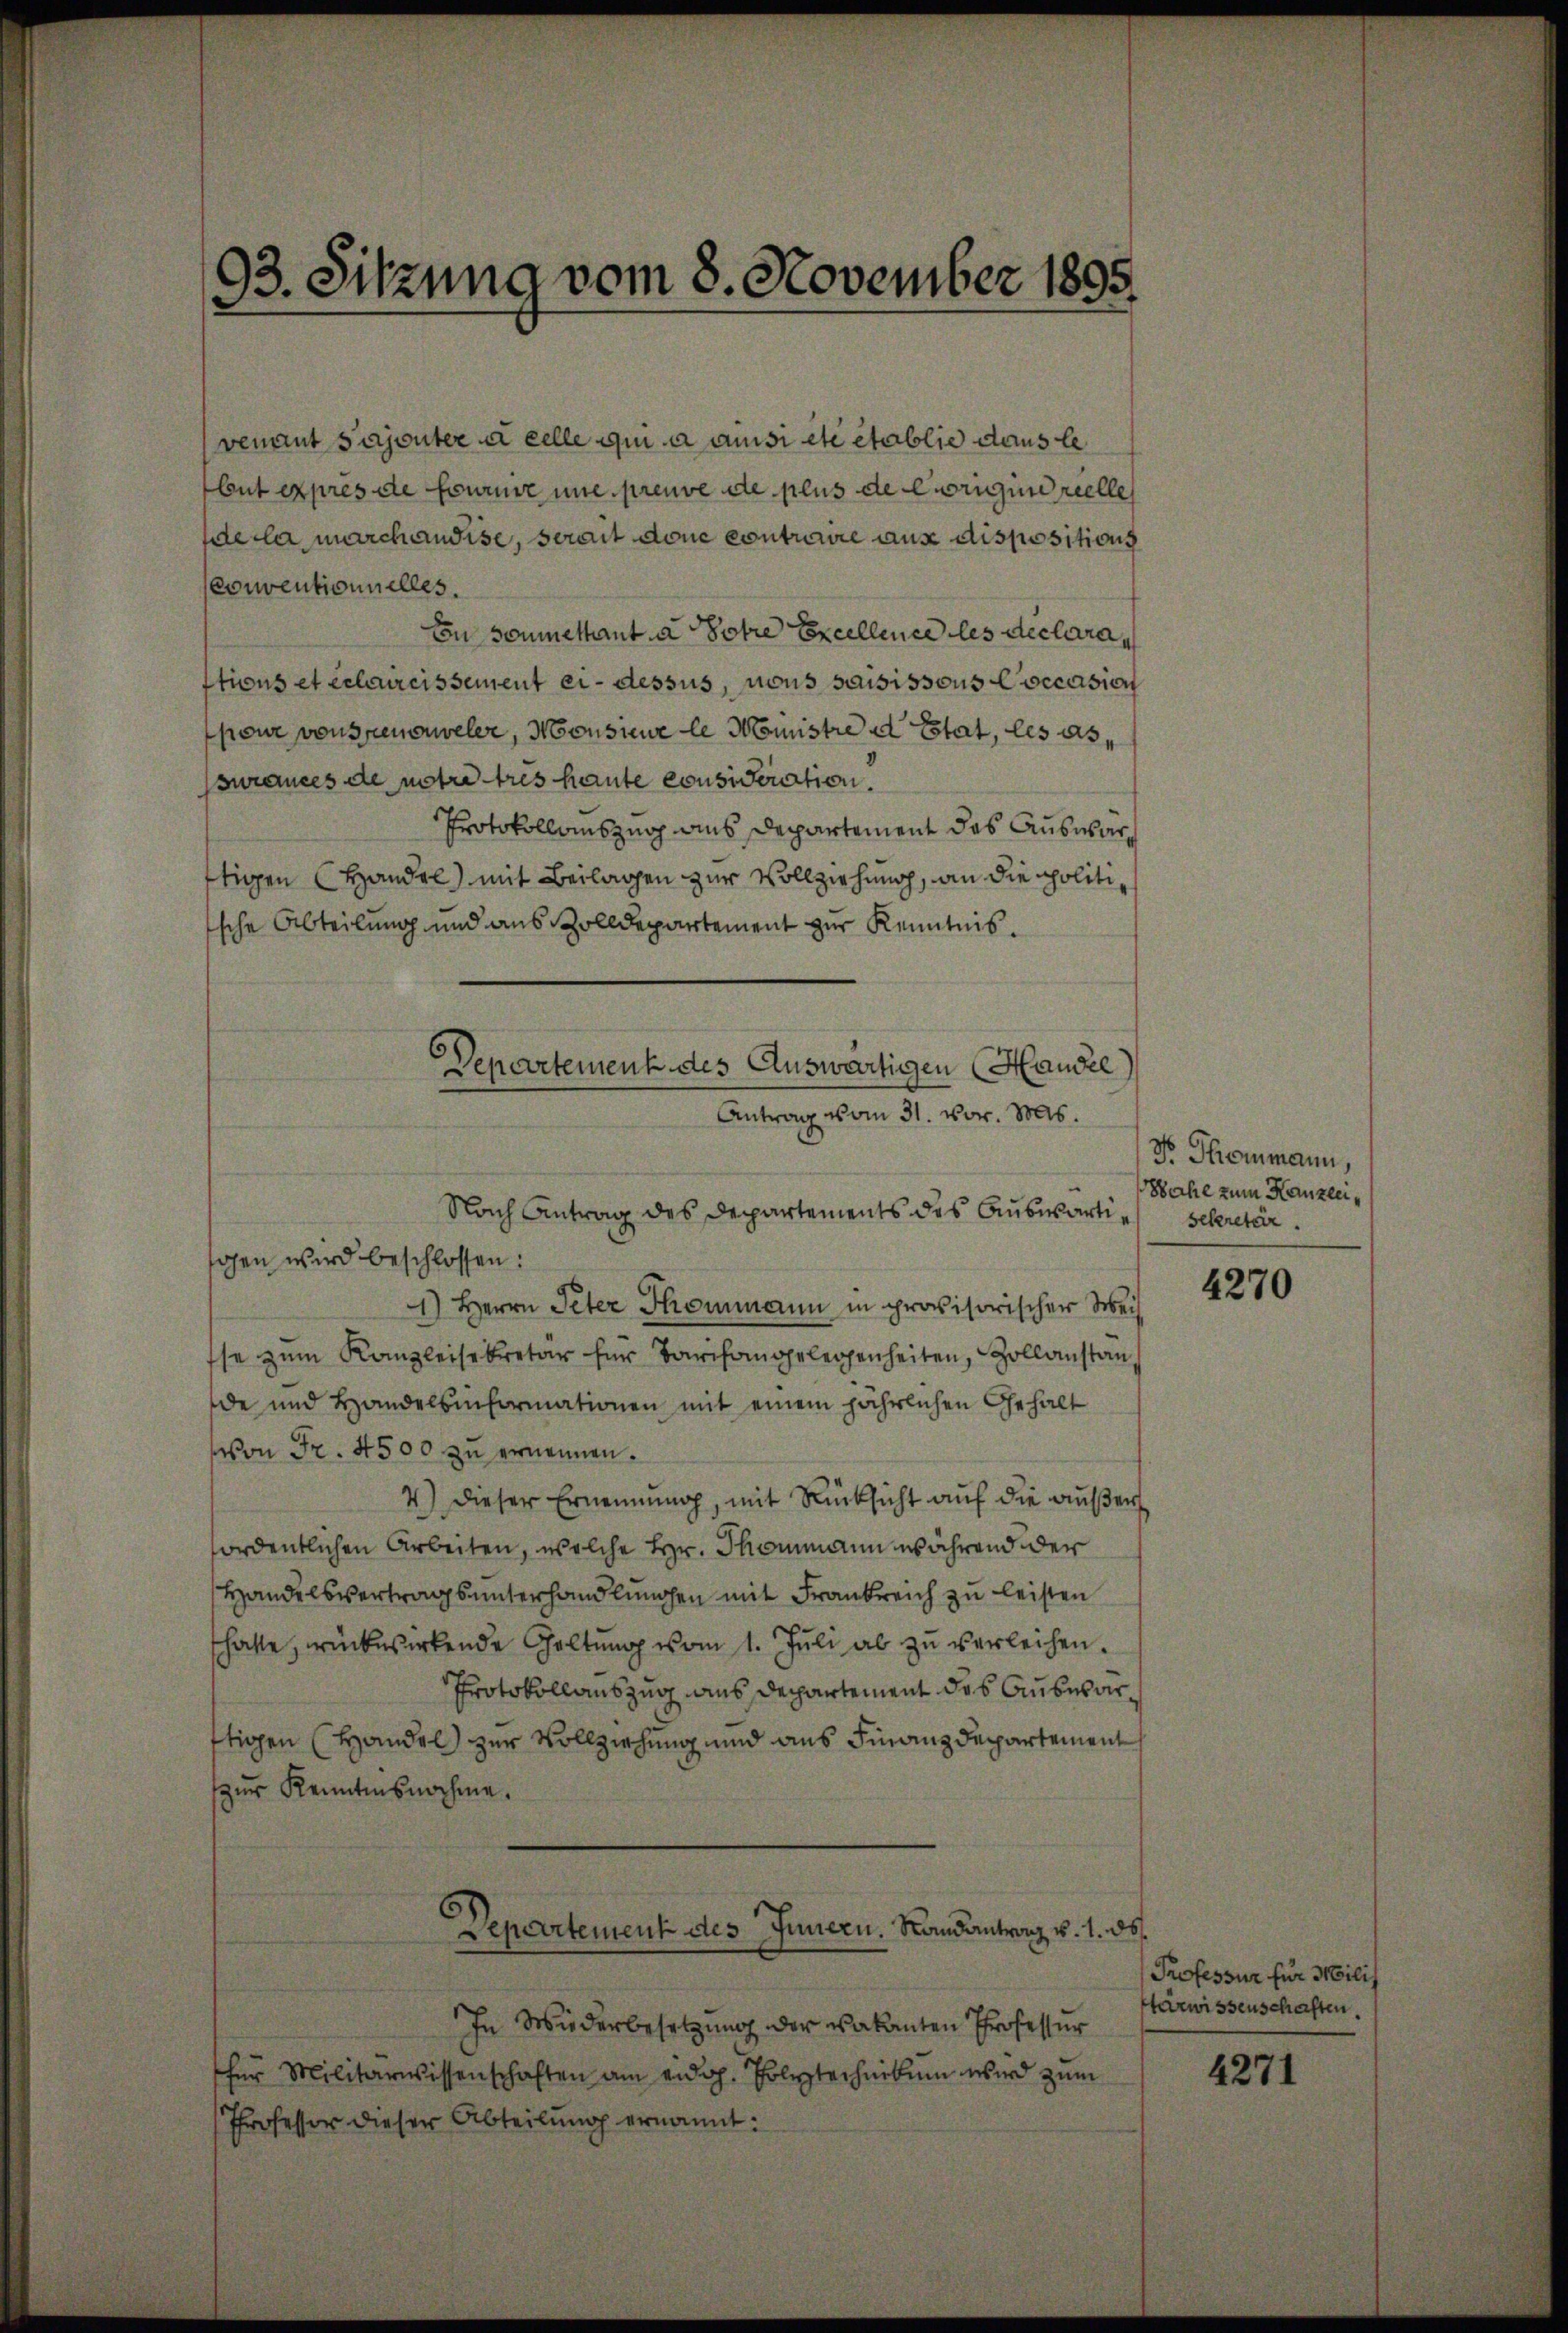
93. Sitzung vom 8. November 1895

venant sajouter à celle qui a ansi etc etablie dans le
but expres de fourne une preuve de plus de Carigin reelle
de la marchaudise, serait donc contraire aus dispositions
conventionnelles.
Du soumettant a Potre Excellence les declara
tions et celcureissement ci-dessus, nous saisissous Coccasion
pour von treuerweler, Mousine le Monistre ad Etat, les assurances de notre tres haute consideration.
Protokollauszug aus Departement des Auswärftigen Handel) mit Beilagen zur Vollziehung, an die politische Abteilung und aus Zolldepartement zur Kenntnis.
Nach Antrag des Departements des Auswärtigen wird beschlossen:
1.) Herrn Peter Thommann in provisorischer Weis
sse zŭm Kanzleisekretär für Tarifangelegenheiten, Zollanstan
de und Handelsinformationen mit einem jährlichen Gehalt
von Fr. 4500 zu ernennen.
4) Dieser Ernennung, mit Rücksicht auf die außer
fordentlichen Arbeiten, welche Hr. Thommann während der
Handelsvertrags unterhandlungen mit Frankreich zu leisten
hatte, rückwirkende Haltŭng vom 1. Jŭli ab zu verleihen.
Protokollauszug aus Departement des Auswarftigen (Handel zur Vollziehung und aus Finanzdepartement
zur Kenntnisnahme.
Departement des Innern. Randantrag v. 1. ds.
In Wiederbesetzung der vakanten Professur
her Militärwissenschaften am eidg. Polytechnikum wird zum
Professor dieser Abteilung ernannt:

Departement des Auswärtigen (Handel
Antrag vom 31. vor. 805.

No Thommann,
Woche zum Kanzleisekretär.

4270

Professur für Milit
ärwissenschaften.

4271